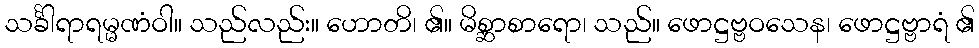
သင်္ခါရာရမ္မဏံဝါ။ သည်လည်း။ ဟောတိ၊ ၏။ မိစ္ဆာစာရော၊ သည်။ ဖောဋ္ဌဗ္ဗဝသေန၊ ဖောဋ္ဌဗ္ဗာရံ ၏